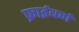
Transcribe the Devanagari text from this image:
फ्राईबर्ग